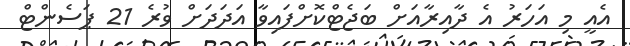
އެއީ މި އަހަރު އެ ދާއިރާއަށް ބަޖެޓްކޮށްފައިވާ އަދަދަށް ވުރެ 21 ޕަސެންޓް